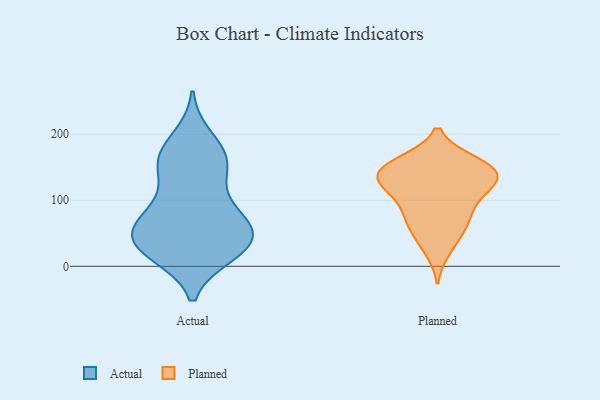
{"axis": {"x": "Revenue (USD Million)", "y": "Value"}, "legend": ["Actual", "Planned"], "data": [{"x": "", "y": 165, "type": "Actual"}, {"x": "", "y": 151, "type": "Actual"}, {"x": "", "y": 63, "type": "Actual"}, {"x": "", "y": 171, "type": "Actual"}, {"x": "", "y": 23, "type": "Actual"}, {"x": "", "y": 19, "type": "Actual"}, {"x": "", "y": 45, "type": "Actual"}, {"x": "", "y": 44, "type": "Actual"}, {"x": "", "y": 38, "type": "Actual"}, {"x": "", "y": 56, "type": "Actual"}, {"x": "", "y": 194, "type": "Actual"}, {"x": "", "y": 19, "type": "Actual"}, {"x": "", "y": 77, "type": "Actual"}, {"x": "", "y": 134, "type": "Actual"}, {"x": "", "y": 159, "type": "Actual"}, {"x": "", "y": 77, "type": "Actual"}, {"x": "", "y": 34, "type": "Actual"}, {"x": "", "y": 94, "type": "Actual"}, {"x": "", "y": 74, "type": "Planned"}, {"x": "", "y": 132, "type": "Planned"}, {"x": "", "y": 145, "type": "Planned"}, {"x": "", "y": 25, "type": "Planned"}, {"x": "", "y": 104, "type": "Planned"}, {"x": "", "y": 110, "type": "Planned"}, {"x": "", "y": 125, "type": "Planned"}, {"x": "", "y": 125, "type": "Planned"}, {"x": "", "y": 150, "type": "Planned"}, {"x": "", "y": 158, "type": "Planned"}, {"x": "", "y": 46, "type": "Planned"}, {"x": "", "y": 148, "type": "Planned"}, {"x": "", "y": 68, "type": "Planned"}, {"x": "", "y": 158, "type": "Planned"}, {"x": "", "y": 135, "type": "Planned"}, {"x": "", "y": 74, "type": "Planned"}]}